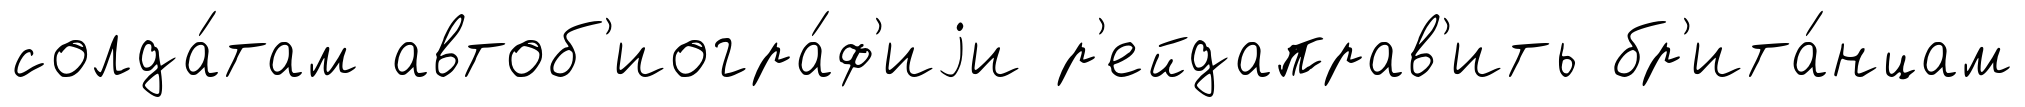
солда́там автоб'иогра́ф'иjи р'ейдаправ'ить бр'ита́нцам